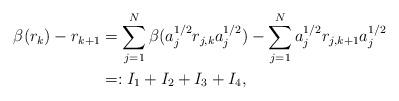
LaTeX: \begin{align*} \beta(r_k)-r_{k+1} &= \sum_{j=1}^N \beta( a_j^{1/2}r_{j,k}a_j^{1/2} ) - \sum_{j=1}^N a_j^{1/2}r_{j,k+1}a_j^{1/2} \\&=: I_1 + I_2 + I_3 + I_4,\end{align*}